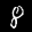
Label: 8